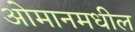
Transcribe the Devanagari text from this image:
ओमानमधील